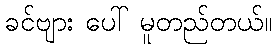
ခင်ဗျား ပေါ် မူတည်တယ်။